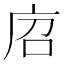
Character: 𢈆